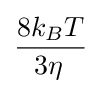
{\frac {8k_{B}T}{3\eta \,}}